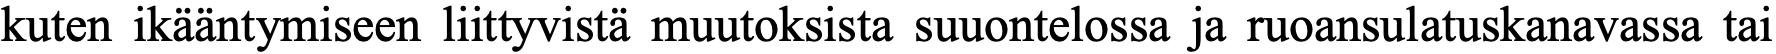
kuten ikääntymiseen liittyvistä muutoksista suuontelossa ja ruoansulatuskanavassa tai